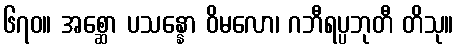
၆၇၀။ အစ္ဆော ပသန္နော ဝိမလော၊ ဂဘီရပ္ပဘုတီ တိသု။